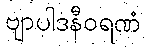
ဗျာပါဒနီဝရဏံ